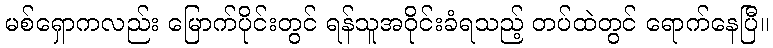
မစ်ရှောကလည်း မြောက်ပိုင်းတွင် ရန်သူအဝိုင်းခံရသည့် တပ်ထဲတွင် ရောက်နေပြီ။